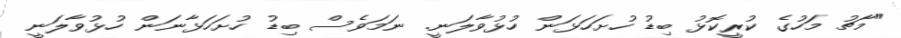
"މާޗު މަހުގެ ކުރީކޮޅު ބިޑު ހުށަހަޅަން ހުޅުވާލަނީ. ނަމަވެސް ބިޑު ހުށަހަޅާނަން ހުޅުވާލަނީ